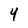
Character: 4